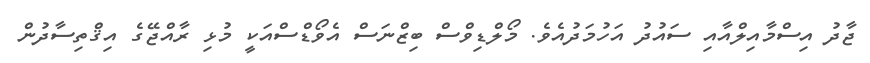
ޖާދު އިސްމާއިލްއާއި ސައުދު އަހުމަދުއެވެ. މޯލްޑިވްސް ބިޒްނަސް އެވޯޑްސްއަކީ މުޅި ރާއްޖޭގެ އިޤްތިސާދުން